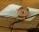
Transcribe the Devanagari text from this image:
डरुँ